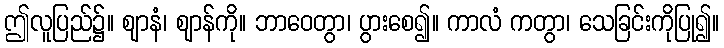
ဤလူပြည်၌။ ဈာနံ၊ ဈာန်ကို။ ဘာဝေတွာ၊ ပွားစေ၍။ ကာလံ ကတွာ၊ သေခြင်းကိုပြု၍။